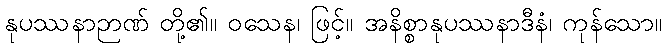
နုပဿနာဉာဏ် တို့၏။ ဝသေန၊ ဖြင့်။ အနိစ္စာနုပဿနာဒီနံ၊ ကုန်သော။